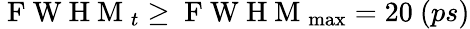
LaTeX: \mathrm{~F~W~H~M~}_{t}\geq\mathrm{~F~W~H~M~}_{\operatorname*{max}}=20\ (ps)